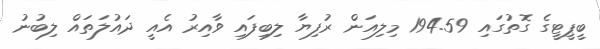
ބީޕީޓީގެ ގޮތުގައި 194.59 މިލިއަން ރުފިޔާ ލިބިފައި ވާއިރު އެއީ ދައުލަތައް ލިބުނު